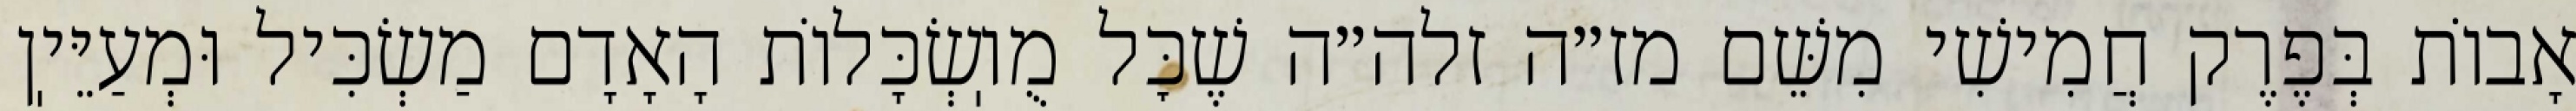
אָבוֹת בְּפֶרֶק חֲמִישִׁי מִשֵּׁם מז״ה זלה״ה שֶׁכׇּל מֻוֽשְׂכָּלוֹת הָאָדָם מַשְׂכִּיל וּמְעַיֵּיֽן